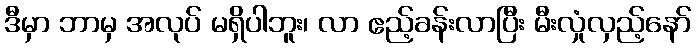
ဒီမှာ ဘာမှ အလုပ် မရှိပါဘူး၊ လာ ဧည့်ခန်းလာပြီး မီးလှုံလှည့်နော်